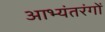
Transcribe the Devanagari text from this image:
आभ्यंतरंगों